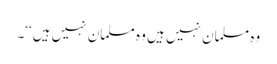
وہ مسلمان نہیں ہیں وہ مسلمان نہیں ہیں‘‘۔